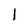
Character: 1